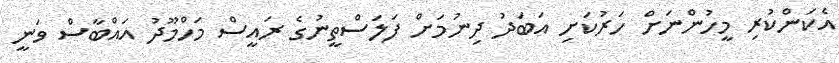
އެކަންކުރި މީހުންނަށް ހަރުކަށި އަބަދު ދިނުމަށް ފަލަސްތީނުގެ ރައީސް މަހްމޫދު އައްބާސް ވަނީ